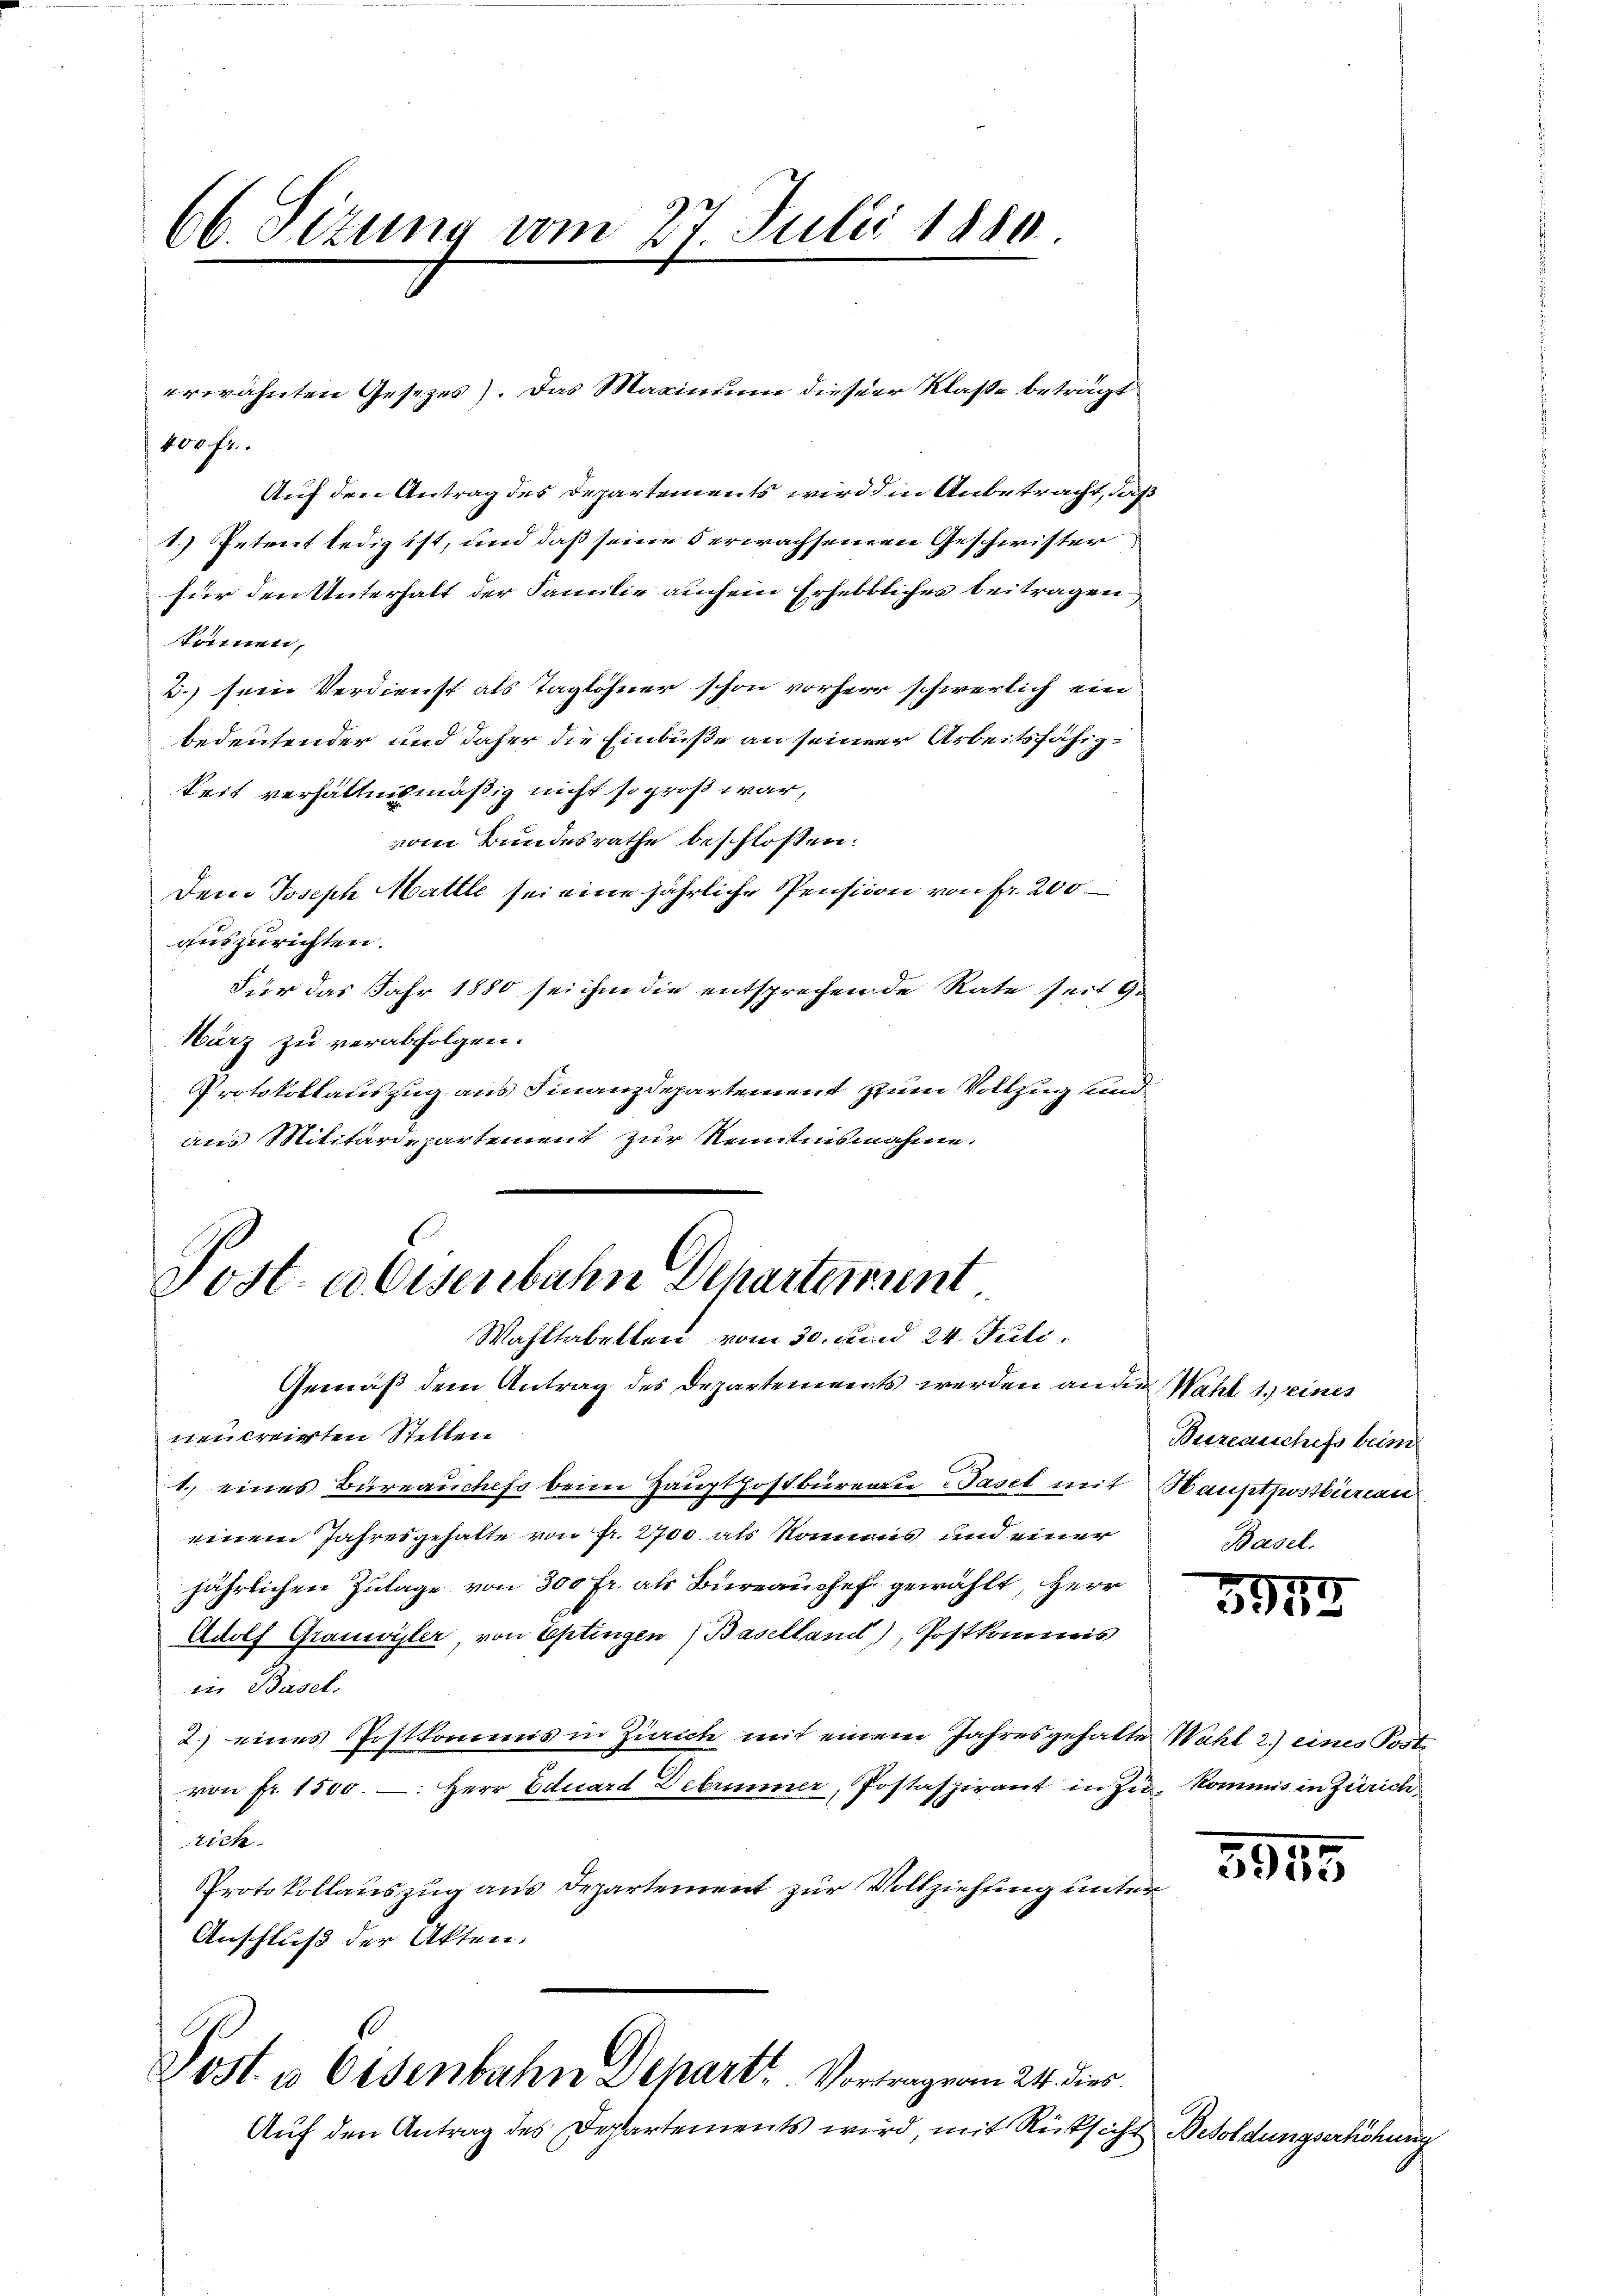
66. Sitzung vom 27 Julii 1880.

Post. u Eisenbahn Departement
Wahltabellen vom 30. Fund 24. Juli.

1
Lost u. Eisenbahn Depart. Vortragen 24. dies

erwähnten Gesezes). Das Marinium dieser Klaße beträgt
400 fr.
Auf den Antrag des Departements wird die Anbetracht, daß
1.) Petreit ledig ist, und daß seine 5 erwachseinen Geschwister
für den Unterhalt der Familie auch ein Erhebtliches beitragen
kommen,
2.) sein Verdienst als Taglöhner schon vorherr schwerlich ein
bedeutender und daher die Einbuße an seiner Arbeitsfähigkeit verhältnismäßig nicht so groß war,
vom Bundesrathe beschlossen:
den. Joseph Mattle sei eine jährliche Pension von fr. 200
auszurichten.
Für das Jahr 1880 sei ihm die entsprechende Rate seit Ge
Harz zu verabfolgen.
Protokollauszug aus Finanzdepartement zum Vollzug und
aus Militärdepartement zur Renntnisnahme.

Gemäß dem Antrag des Departements werden an die Wahl 1.) eines
nencreirten Stellen
1. eines Büreauches beim Hauptpostbüreau Basel mit Hauptpostbureau
einem Jahresgehalte von Fr. 2700. als Nonnens und einer
jährlichen Zulage von 300 Fr. als Büreauchef gewählt, Herr
Adolf Grauwyler von Eptingen) Baselland), Postkommis
iin Basel.
2.) eines Postkommnis in Zürich mit einem Jahresgehalte Wahl 2.) eines Poste
von fr. 1500. Herr Eduard Debrunner, Postaspirant in zu kommis in Zürichtich
Protokollauszug aus Departement zur Vollziehung unter
Anschluß der Akten.

Bureauschefs beim
Vavel

Auf den Antrag des Departements wird, mit Rücksicht Besoldungserhöhung

3917

5955